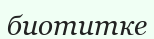
биотитке